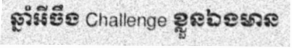
ឆ្នាំអីចឹង Challenge ខ្លួនឯងមាន